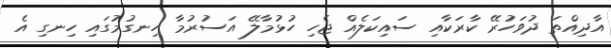
އާދިއްތަ ދުވަހުރޭ ކާރަކާއި ސައިކަލެއް ޖެހި ހުޅުމާލޭ އަސުރުމާ ހިނގުމުގައި ހިނގި އެ